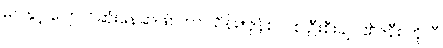
မပါနှင့် ပျောက်ဆုံးနေဆဲဖြစ်ကာ သိန်း+ဇုန်စလစ် ဦးစီးချုပ်၏ဇနီး ဘိုလီ